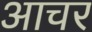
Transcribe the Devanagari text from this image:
आचर